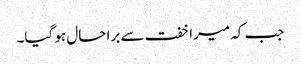
جب کہ میرا خفت سے برا حال ہو گیا۔